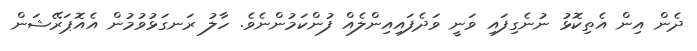
ދެން އިން އެތިކޮޅު ނުނެގިފައި ވަނީ ވަދެފައިއިންލެއް ފުންކަމުންނެވެ. ހާލު ރަނގަޅުވުމުން އެއޮޕަރޭޝަން